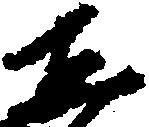
し